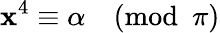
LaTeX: \mathbf{x}^{4}\equiv\alpha{\pmod{\pi}}